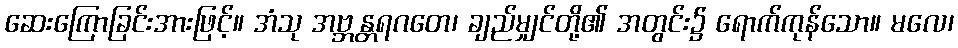
ဆေးကြောခြင်းအားဖြင့်။ အံသု အဗ္ဘန္တရဂတေ၊ ချည်မျှင်တို့၏ အတွင်း၌ ရောက်ကုန်သော။ မလေ၊